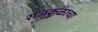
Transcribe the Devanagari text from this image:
राजकुळाचा